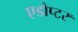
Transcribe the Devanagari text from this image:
एडोप्टर